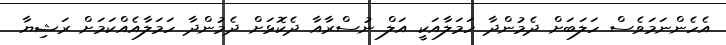
އެހެންނަމަވެސް ހަލަބަށް ދެމުންދާ ހަމަލާއަކީ އަލް ނުސްރާއާ ދެކޮޅަށް ދެމުންދާ ހަމަލާއެއްކަމަށް ރަޝިޔާ